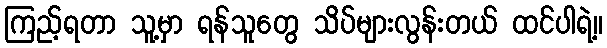
ကြည့်ရတာ သူ့မှာ ရန်သူတွေ သိပ်များလွန်းတယ် ထင်ပါရဲ့။